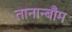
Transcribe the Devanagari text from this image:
तानान्बौम